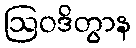
ဩဝဒိတွာန